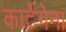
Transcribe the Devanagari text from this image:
कार्टेगेना